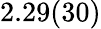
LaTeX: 2.29(30)